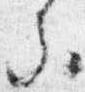
参